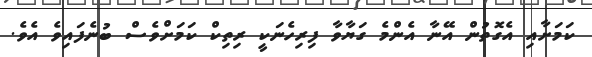
ކަމަށާއި އެގޮތުން އޭނާ އެންމެ ގަޔާވާ ފިރިހެނަކީ ރިތިކް ކަމަށްވެސް ބުނެފައިވެ އެވެ.